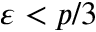
\varepsilon < p / 3